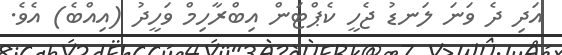
އަދި ދެ ވަނަ ލަނޑު ޖެހީ ކެޕްޓަން އިބްރާހިމް ވަހީދު (އިއްބެ) އެވެ.